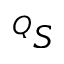
^ Q S